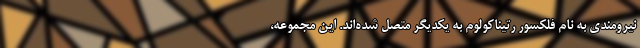
نیرومندی به نام فلکسور رتیناکولوم به یکدیگر متصل شده‌اند. این مجموعه،